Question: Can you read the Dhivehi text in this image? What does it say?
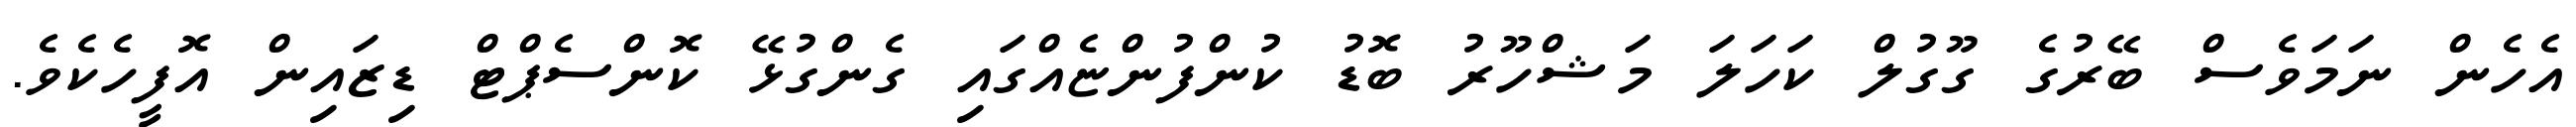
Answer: އެހެން ނަމަވެސް ބޭރުގެ ގޫގުލް ކަހަލަ މަޝްހޫރު ބޮޑު ކުންފުންޏެއްގައި ގެންގުޅޭ ކޮންސެޕްޓް ޑިޒައިން އޮފީހެކެވެ.